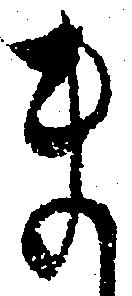
ま